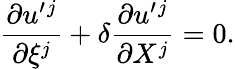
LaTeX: \frac{\partial u^{\prime}{}^{j}}{\partial\xi^{j}}+\delta\frac{\partial u^{\prime}{}^{j}}{\partial X^{j}}=0.